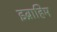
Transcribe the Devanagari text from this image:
इब्राहिम